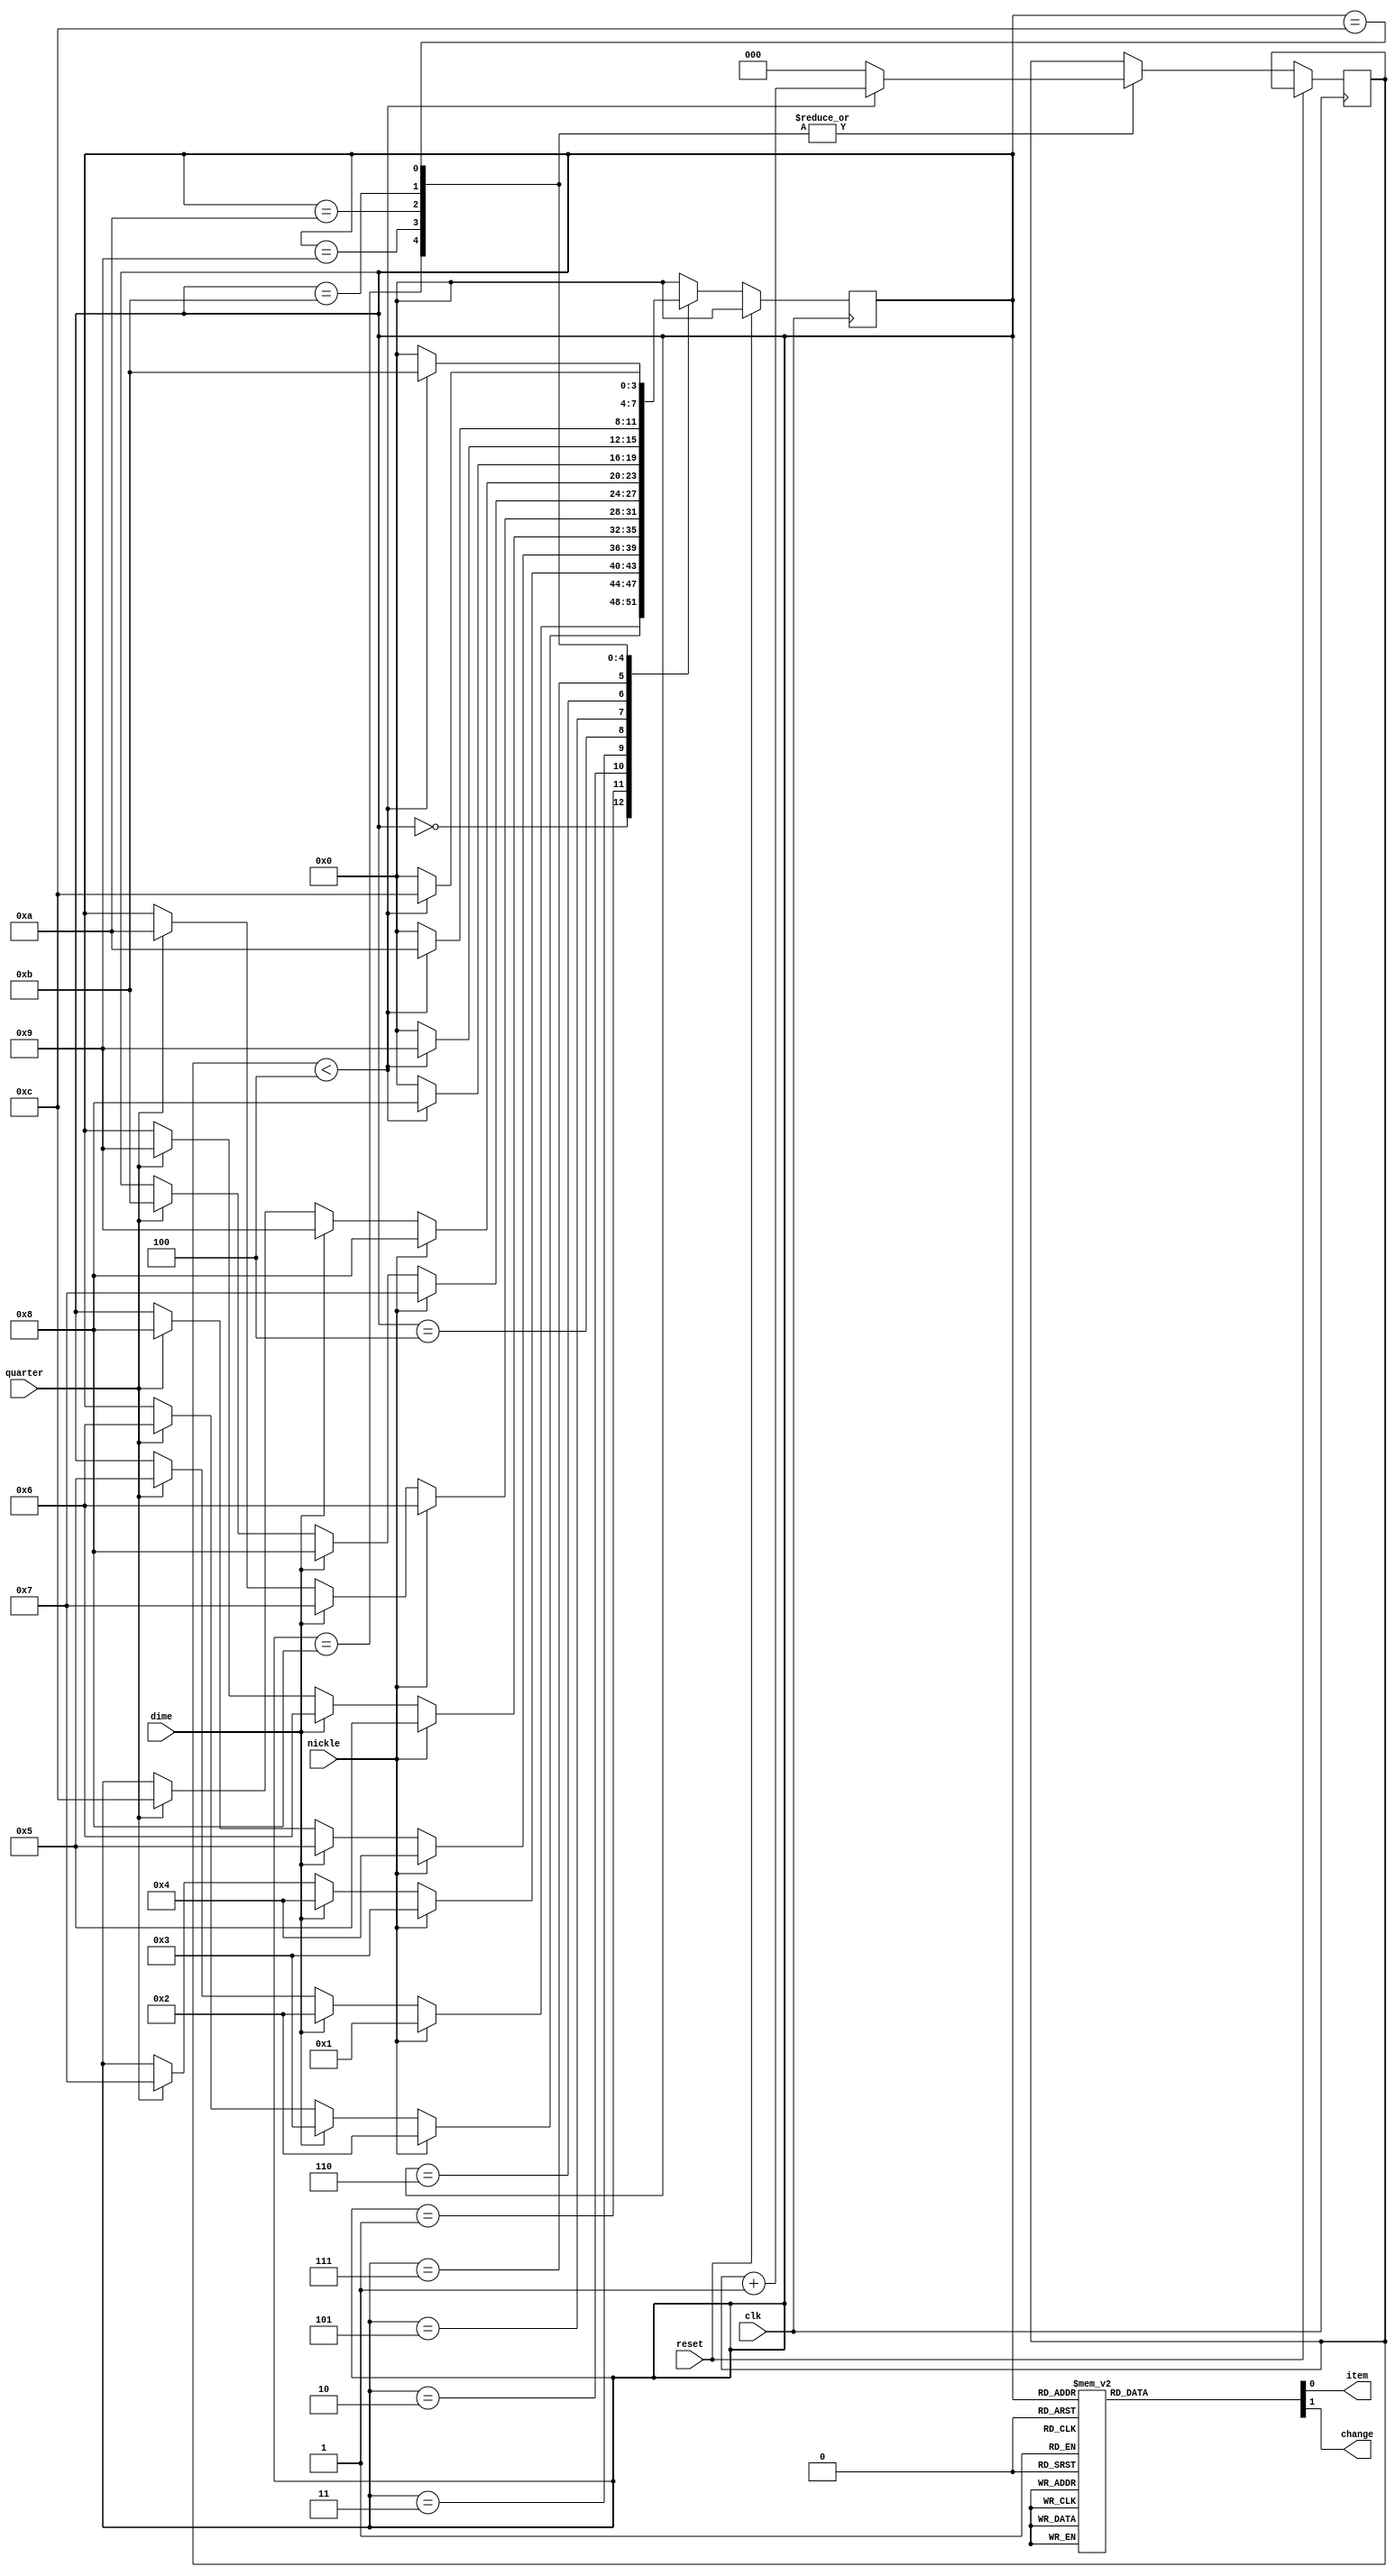
module vending_machine(nickle, dime, quarter, clk, reset, item, change);
input nickle, dime, quarter, clk, reset;
output item, change;
reg item, change;
reg [3:0]state = 0;
reg [2:0]cnt = 0;

parameter 	S0=4'b0000, S5=4'b0001, S10=4'b0010, S15=4'b0011, S20=4'b0100, S25=4'b0101, S30=4'b0110, S35=4'b0111, S40=4'b1000, S45=4'b1001, S50=4'b1010, S55=4'b1011, S60=4'b1100;

always @ (posedge clk)
begin//state transistion
	if (reset)
		state <= S0;
	else
		case (state)
			S0:	if (nickle)
					state <= S5;
					else if (dime)
						state <= S10;
					else if (quarter)
						state <= S25;
			S5:	if (nickle)
						state <= S10;
					else if (dime)
						state <= S15;
					else if (quarter)
						state <= S30;
			S10:	if (nickle)
						state <= S15;
					else if (dime)
						state <= S20;
					else if (quarter)
						state <= S35;
			S15:	if (nickle)
						state <= S20;
					else if (dime)
						state <= S25;
					else if (quarter)
						state <= S40;
			S20:	if (nickle)
						state <= S25;
					else if (dime)
						state <= S30;
					else if (quarter)
						state <= S45;
			S25:	if (nickle)
						state <= S30;
					else if (dime)
						state <= S35;
					else if (quarter)
						state <= S50;
			S30:	if (nickle)
						state <= S35;
					else if (dime)
						state <= S40;
					else if (quarter)
						state <= S55;
			S35:	if (nickle)
						state <= S40;
					else if (dime)
						state <= S45;
					else if (quarter)
						state <= S60;
			S40:	if (cnt <4)
						begin
							state <= S40;
							cnt <= cnt + 1;
						end
					else
						begin
							state <= S0;
							cnt <= 0;
						end
			S45:	if (cnt <4)
						begin
							state <= S45;
							cnt <= cnt + 1;
						end
					else
						begin
							state <= S0;
							cnt <= 0;
						end
			S50:	if (cnt <4)
						begin
							state <= S50;
							cnt <= cnt + 1;
						end
					else
						begin
							state <= S0;
							cnt <= 0;
						end
			S55:	if (cnt <4)
						begin
							state <= S55;
							cnt <= cnt + 1;
						end
					else
						begin
							state <= S0;
							cnt <= 0;
						end
			S60:	if (cnt <4)
						begin
							state <= S60;
							cnt <= cnt + 1;
						end
					else
						begin
							state <= S0;
							cnt <= 0;
						end
			default:	state <= S0;
		endcase
end

always @ (state)
begin //output at each state
	case (state)
		S0:	begin 
				item = 1'b0; 
				change = 1'b0; 
				end
		S5:	begin 
				item = 1'b0; 
				change = 1'b0; 
				end
		S10:	begin 
				item = 1'b0; 
				change = 1'b0; 
				end
		S15:	begin 
				item = 1'b0; 
				change = 1'b0; 
				end
		S20:	begin 
				item = 1'b0; 
				change = 1'b0; 
				end
		S25:	begin 
				item = 1'b0; 
				change = 1'b0; 
				end
		S30:	begin 
				item = 1'b0; 
				change = 1'b0; 
				end
		S35:	begin 
				item = 1'b0; 
				change = 1'b0; 
				end
		S40:	begin 
				item = 1'b1; 
				change = 1'b0; 
				end
		S45:	begin 
				item = 1'b1; 
				change = 1'b1; 
				end
		S50:	begin 
				item = 1'b1; 
				change = 1'b1; 
				end
		S55:	begin 
				item = 1'b1; 
				change = 1'b1; 
				end
		S60:	begin 
				item = 1'b1; 
				change = 1'b1; 
				end
		default:	begin 
					item = 1'b0; 
					change = 1'b0; 
					end
	endcase
end
endmodule